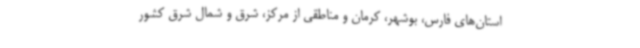
استان‌های فارس، بوشهر، کرمان و مناطقی از مرکز، شرق و شمال شرق کشور